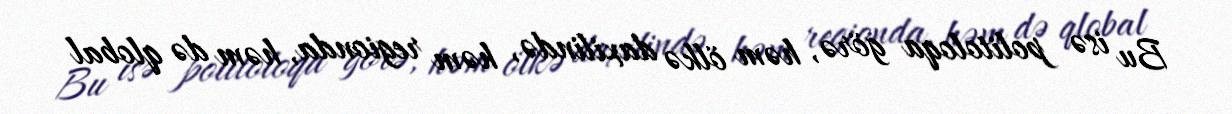
Bu isə politoloqa görə, həm ölkə daxilində, həm regionda, həm də qlobal